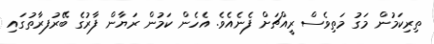
ތިރިކަމުން މަގު މަތިވެސް ރީއްޗަށް ފެނެއެވެ. އެހެން ކަމުން ރަޔާން ފާރުގެ ބޭރުފރާތުގައި